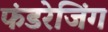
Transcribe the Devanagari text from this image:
फंडरेजिंग